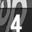
Digit: 4